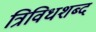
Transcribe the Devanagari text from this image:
त्रिविधशब्द